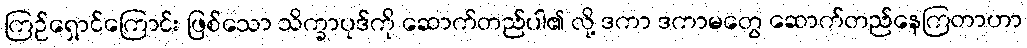
ကြဉ်ရှောင်ကြောင်း ဖြစ်သော သိက္ခာပုဒ်ကို ဆောက်တည်ပါ၏ လို့ ဒကာ ဒကာမတွေ ဆောက်တည်နေကြတာဟာ